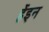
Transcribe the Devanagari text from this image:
र्हेइन